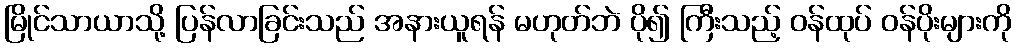
မြိုင်သာယာသို့ ပြန်လာခြင်းသည် အနားယူရန် မဟုတ်ဘဲ ပို၍ ကြီးသည့် ဝန်ထုပ် ဝန်ပိုးများကို